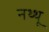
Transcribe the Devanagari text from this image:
नथ्थू